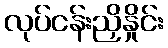
လုပ်ငန်းညှိနှိုင်း